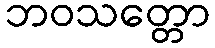
ဘဝသတ္တော